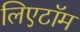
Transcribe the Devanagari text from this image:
लिएटॉम